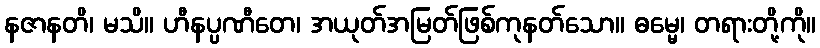
နဇာနတိ၊ မသိ။ ဟီနပ္ပဏီတေ၊ အယုတ်အမြတ်ဖြစ်ကုနတ်သော။ ဓမ္မေ၊ တရားတို့ကို။